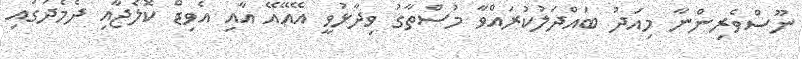
ނޫސްވެރިންނާ މިއަދު ބައްދަލުކުރައްވާ މުސްތާގު ވިދާޅުވީ އޭއޭއޭ އާއި އެވިޑް ކޮލެޖާއި ދެމެދުގައި